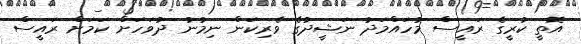
އޮތީ ކުރީގެ ރައީސް މުހައްމަދު ނަޝީދުގެ ވެރިކަން ނިމުނު ދުވަހަށް ކަމަށް ރައީސް